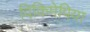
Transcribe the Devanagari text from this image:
विकिमेपिया